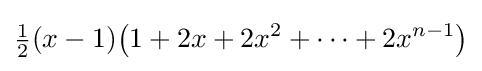
{\tfrac {1}{2}}(x-1)\!\left(1+2x+2x^{2}+\cdots +2x^{n-1}\right)